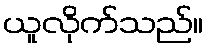
ယူလိုက်သည်။